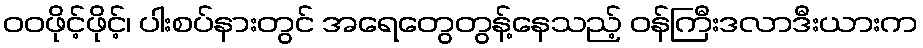
ဝဝဖိုင့်ဖိုင့်၊ ပါးစပ်နားတွင် အရေတွေတွန့်နေသည့် ဝန်ကြီးဒလာဒီးယားက